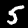
Digit: 5